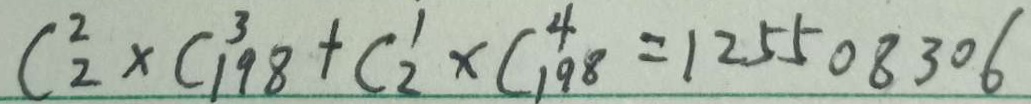
C _ { 2 } ^ { 2 } \times C _ { 1 9 8 } ^ { 3 } + C _ { 2 } ^ { 1 } \times C _ { 1 9 8 } ^ { 4 } = 1 2 5 5 0 8 3 0 6